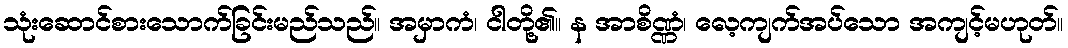
သုံးဆောင်စားသောက်ခြင်းမည်သည်။ အမှာကံ၊ ငါတို့၏။ န အာစိဏ္ဏံ၊ လေ့ကျက်အပ်သော အကျင့်မဟုတ်။